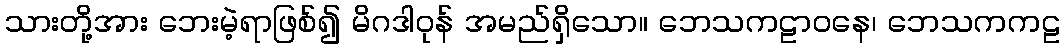
သားတို့အား ဘေးမဲ့ရာဖြစ်၍ မိဂဒါဝုန် အမည်ရှိသော။ ဘေသကဠာဝနေ၊ ဘေသကကဠ